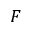
F